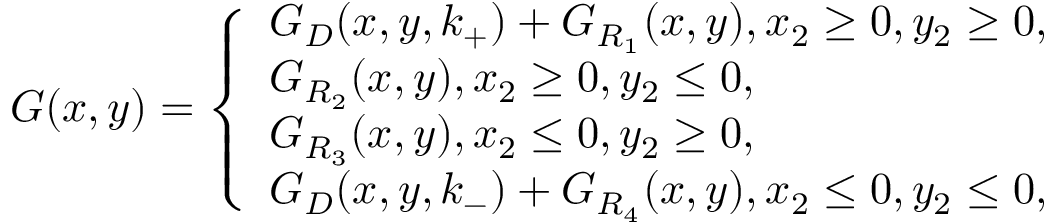
G ( x , y ) = \left\{ \begin{array} { l l } { G _ { D } ( x , y , k _ { + } ) + G _ { R _ { 1 } } ( x , y ) , x _ { 2 } \geq 0 , y _ { 2 } \geq 0 , } \\ { G _ { R _ { 2 } } ( x , y ) , x _ { 2 } \geq 0 , y _ { 2 } \leq 0 , } \\ { G _ { R _ { 3 } } ( x , y ) , x _ { 2 } \leq 0 , y _ { 2 } \geq 0 , } \\ { G _ { D } ( x , y , k _ { - } ) + G _ { R _ { 4 } } ( x , y ) , x _ { 2 } \leq 0 , y _ { 2 } \leq 0 , } \end{array} \right.